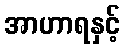
အာဟာရနှင့်